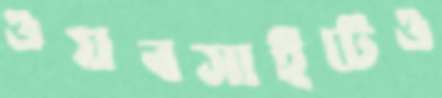
ওয়বসাইটেও